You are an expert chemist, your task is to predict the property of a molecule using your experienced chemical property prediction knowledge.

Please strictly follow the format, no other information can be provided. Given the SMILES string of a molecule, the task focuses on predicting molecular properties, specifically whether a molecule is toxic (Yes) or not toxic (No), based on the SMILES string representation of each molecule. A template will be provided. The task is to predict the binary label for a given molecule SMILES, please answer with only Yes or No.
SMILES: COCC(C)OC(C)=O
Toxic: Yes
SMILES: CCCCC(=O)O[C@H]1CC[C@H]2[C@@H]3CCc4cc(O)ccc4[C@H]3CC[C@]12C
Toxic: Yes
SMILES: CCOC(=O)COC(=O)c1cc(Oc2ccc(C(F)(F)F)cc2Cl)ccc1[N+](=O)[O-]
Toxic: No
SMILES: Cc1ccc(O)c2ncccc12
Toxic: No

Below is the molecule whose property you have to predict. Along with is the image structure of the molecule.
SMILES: CCn1c(=O)c2c(nc(/C=C/c3ccc(OC)c(OC)c3)n2C)n(CC)c1=O
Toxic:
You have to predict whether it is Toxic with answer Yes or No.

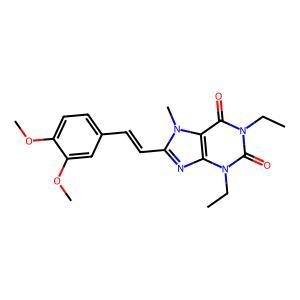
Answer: No